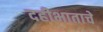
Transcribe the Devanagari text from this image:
दहीभाताचे